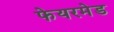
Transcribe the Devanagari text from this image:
फेयरमेड